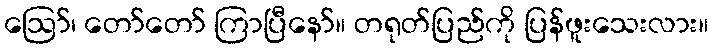
ဩော်၊ တော်တော် ကြာပြီနော်။ တရုတ်ပြည်ကို ပြန်ဖူးသေးလား။